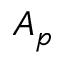
A _ { p }